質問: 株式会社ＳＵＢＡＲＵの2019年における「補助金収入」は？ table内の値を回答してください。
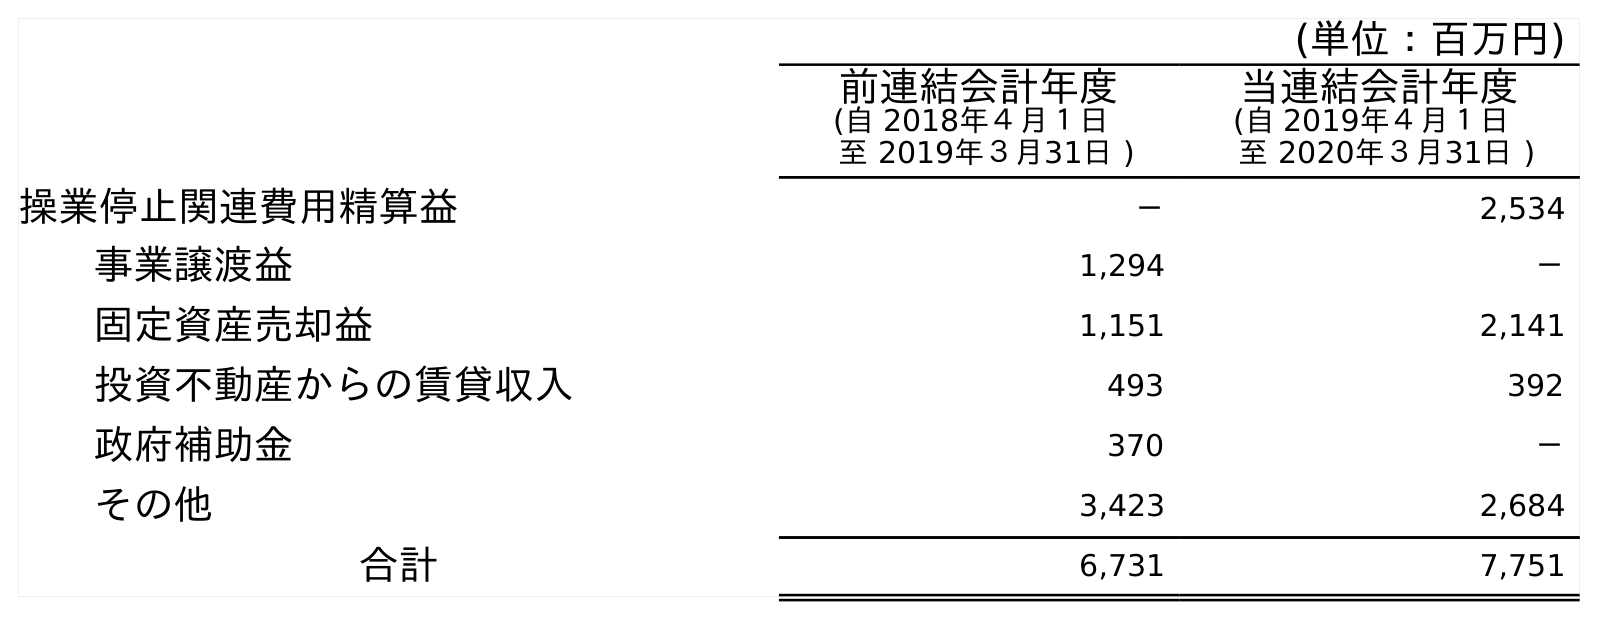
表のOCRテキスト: (単位：百万円) 前連結会計年度 (自 2018年４月１日 至 2019年３月31日 ) 当連結会計年度 (自 2019年４月１日 至 2020年３月31日 ) 操業停止関連費用精算益 － 2,534 事業譲渡益 1,294 － 固定資産売却益 1,151 2,141 投資不動産からの賃貸収入 493 392 政府補助金 370 － その他 3,423 2,684 合計 6,731 7,751
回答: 370